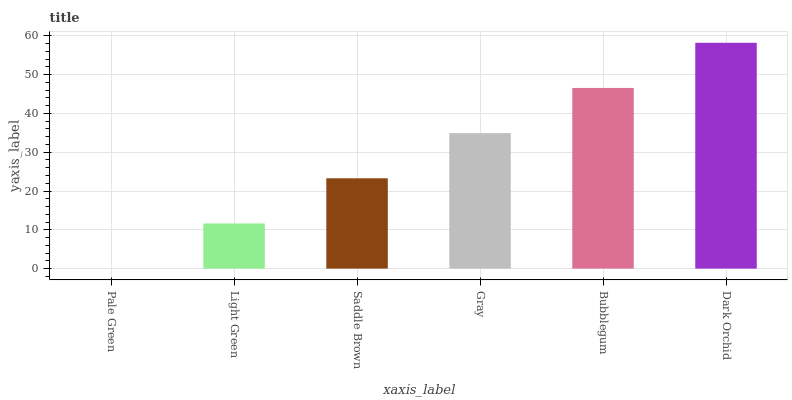
| xaxis_label | bars |
 | --- | --- |
 | Pale Green | 0 |
 | Light Green | 11.6 |
 | Saddle Brown | 23.3 |
 | Gray | 34.9 |
 | Bubblegum | 46.6 |
 | Dark Orchid | 58.2 |